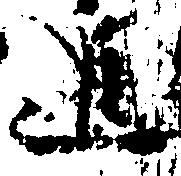
進